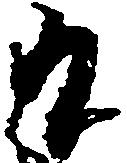
日